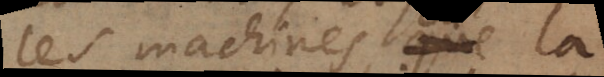
les machines que la